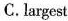
C.largest